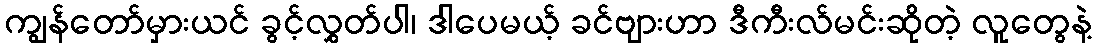
ကျွန်တော်မှားယင် ခွင့်လွှတ်ပါ၊ ဒါပေမယ့် ခင်ဗျားဟာ ဒီကီးလ်မင်းဆိုတဲ့ လူတွေနဲ့